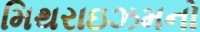
મિથરાઇઝમનો